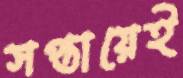
সপ্তায়েই